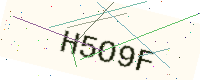
Text: H5O9F